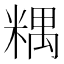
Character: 𥻑